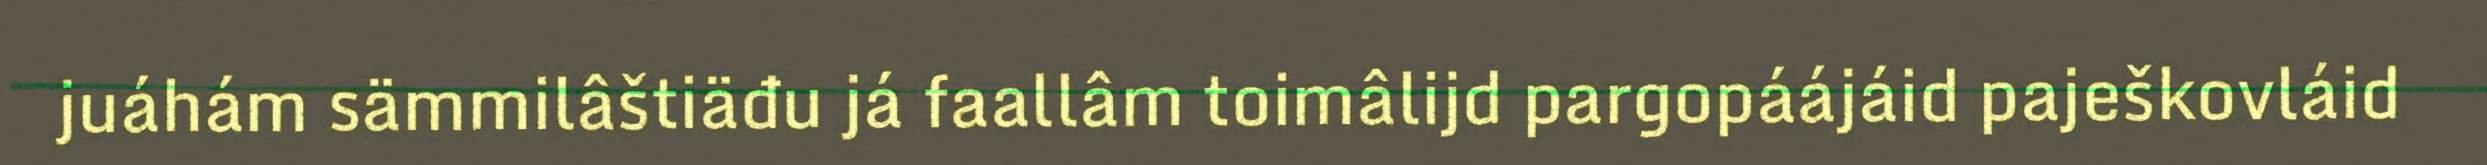
juáhám sämmilâštiäđu já faallâm toimâlijd pargopáájáid paješkovláid